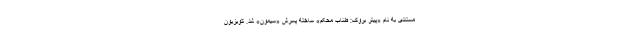
مستندی به نام «پیتر بروک: طناب محکم» ساخته پسرش «سیمون» شد. تلویزیون